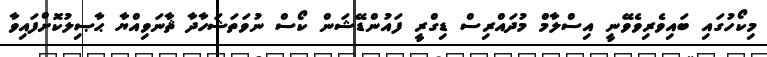
މިކޯހުގައި ބައިވެރިވެވޭނީ އިސްލާމް މުދައްރިސް ޑިގްރީ ފައުންޑޭޝަން ކޯސް ނުވަތަޝަހާދާ ޘާނަވިއްޔާ ޙާޞިލުކޮށްފައިވާ